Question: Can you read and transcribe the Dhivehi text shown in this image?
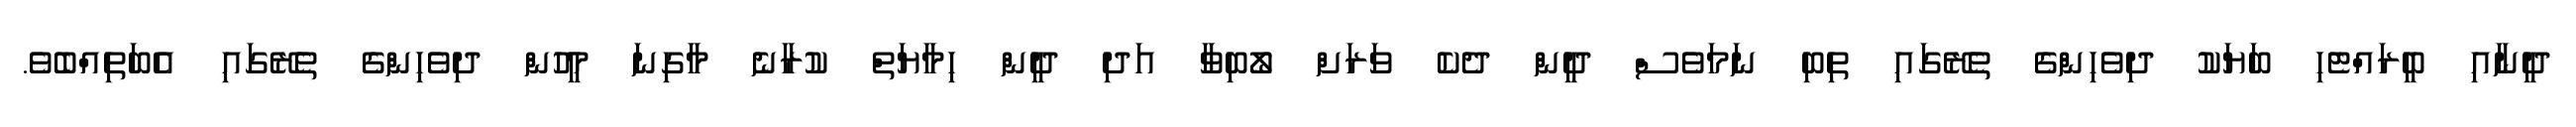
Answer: ދީނާއި ބީރައްޓެހި ބަޔަކު ދިވެހިންގެ ތެރޭގައި ތިބި ނަމަވެސް ދީން ދެކެ ވަރަށް ލޯބިވާ އަދި ދީން ހިމާޔަތް ކުރާނެ މާގިނަ މީހުން ދިވެހިންގެ ތެރޭގައި އެބަތިއްބެވެ.